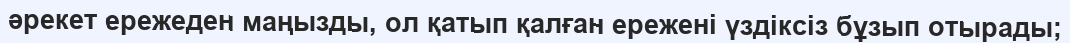
әрекет ережеден маңызды, ол қатып қалған ережені үздіксіз бұзып отырады;